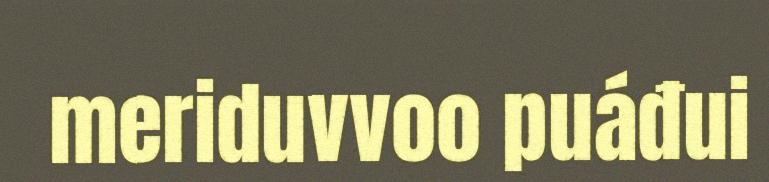
meriduvvoo puáđui